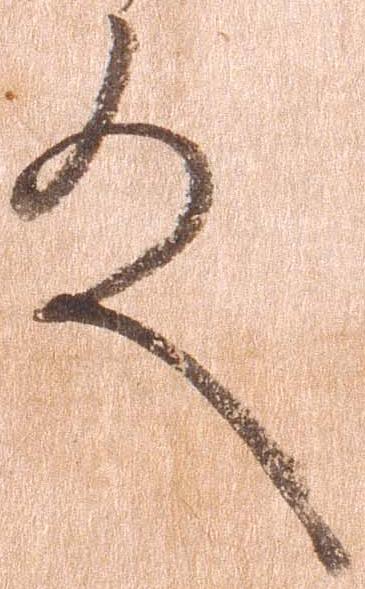
殿